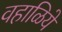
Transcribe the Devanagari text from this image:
वहाळिये